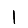
Digit: 1